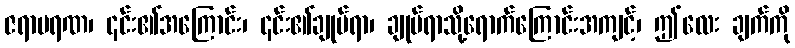
ဇရာမရဏ၊ ၎င်း၏အကြောင်း၊ ၎င်း၏ချုပ်ရာ၊ ချုပ်ရာသို့ရောက်ကြောင်းအကျင့်၊ ဤလေး ချက်ကို